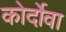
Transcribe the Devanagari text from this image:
कोर्दोवा